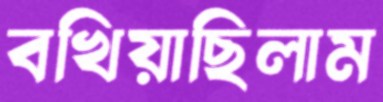
বখিয়াছিলাম